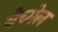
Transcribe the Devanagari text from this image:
बेच्मेल